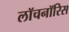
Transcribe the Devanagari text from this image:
लॉचनॉरिस